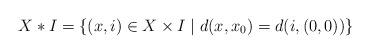
LaTeX: \begin{align*} X\ast I=\{(x,i)\in X\times I\mid d(x,x_0)=d(i,(0,0))\}\end{align*}